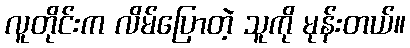
လူတိုင်းက လိမ်ပြောတဲ့ သူကို မုန်းတယ်။